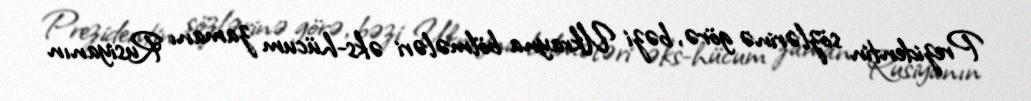
Prezidentin sözlərinə görə, bəzi Ukrayna bölmələri əks-hücum zamanı Rusiyanın